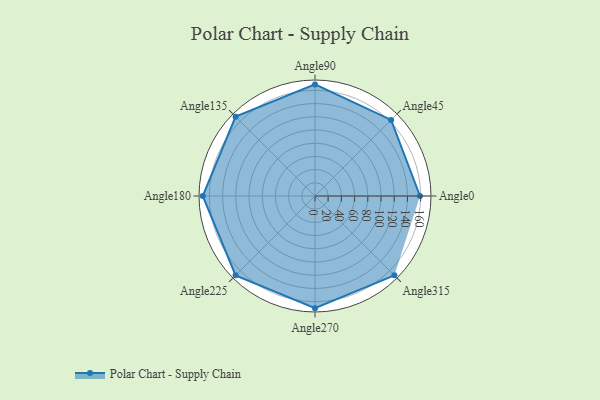
{"axis": {"x": "Angle", "y": "Radius"}, "legend": [""], "data": [{"x": "Angle0", "y": 159.0, "type": ""}, {"x": "Angle45", "y": 163.0, "type": ""}, {"x": "Angle90", "y": 169.0, "type": ""}, {"x": "Angle135", "y": 170, "type": ""}, {"x": "Angle180", "y": 170, "type": ""}, {"x": "Angle225", "y": 170, "type": ""}, {"x": "Angle270", "y": 170, "type": ""}, {"x": "Angle315", "y": 170, "type": ""}]}